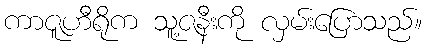
ကာဇူဟီရိုက သူ့ဇနီးကို လှမ်းပြောသည်။